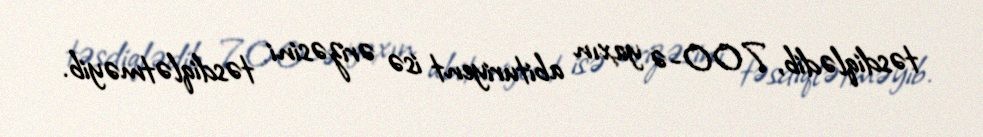
təsdiqlədib, 700-ə yaxın abituriyent isə ərizəsini təsdiqlətməyib.